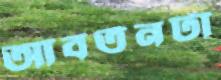
আবর্তনটা